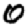
Digit: 0